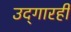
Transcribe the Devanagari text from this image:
उद्‌गारही